Plague in India, 1896, 1897 - Volume 1
Year: 1896
Disease focus: Plague
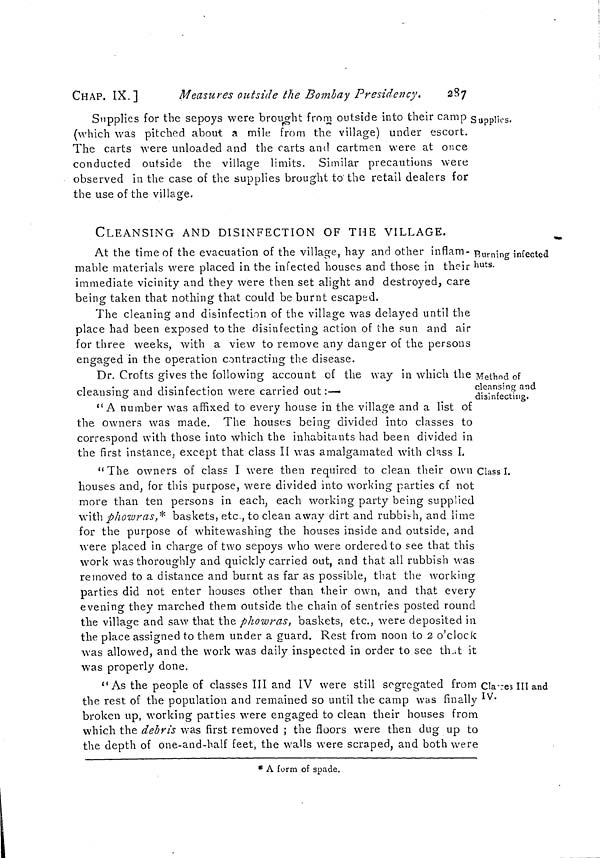
CHAP. IX.]
Measures outside the Bombay Presidency.
287
Supplies.
Supplies for the sepoys were brought from outside into their camp
(which was pitched about a mile from the village) under escort.
The carts were unloaded and the carts and cartmen were at once
conducted outside the village limits. Similar precautions were
observed in the case of the supplies brought to the retail dealers for
the use of the village.
CLEANSING AND DISINFECTION OF THE VILLAGE.
Burning infected
huts.
At the time of the evacuation of the village, hay and other inflam-
mable materials were placed in the infected houses and those in their
immediate vicinity and they were then set alight and destroyed, care
being taken that nothing that could be burnt escaped.
The cleaning and disinfection of the village was delayed until the
place had been exposed to the disinfecting action of the sun and air
for three weeks, with a view to remove any danger of the persons
engaged in the operation contracting the disease.
Method of
cleansing and
disinfecting.
Dr. Crofts gives the following account of the way in which the
cleansing and disinfection were carried out :—
"A number was affixed to every house in the village and a list of
the owners was made. The houses being divided into classes to
correspond with those into which the inhabitants had been divided in
the first instance, except that class II was amalgamated with class I.
Class I.
"The owners of class I were then required to clean their own
houses and, for this purpose, were divided into working parties of not
more than ten persons in each, each working party being supplied
with phowras,* baskets, etc., to clean away dirt and rubbish, and lime
for the purpose of whitewashing the houses inside and outside, and
were placed in charge of two sepoys who were ordered to see that this
work was thoroughly and quickly carried out, and that all rubbish was
removed to a distance and burnt as far as possible, that the working
parties did not enter houses other than their own, and that every
evening they marched them outside the chain of sentries posted round
the village and saw that the phowras, baskets, etc., were deposited in
the place assigned to them under a guard. Rest from noon to 2 o'clock
was allowed, and the work was daily inspected in order to see thait it
was properly done.
Classes III and
IV.
"As the people of classes III and IV were still segregated from
the rest of the population and remained so until the camp was finally
broken up, working parties were engaged to clean their houses from
which the debris was first removed ; the floors were then dug up to
the depth of one-and-half feet, the walls were scraped, and both were
* A form of spade.